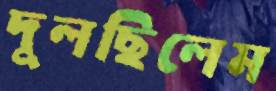
দুলছিলেম